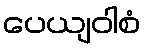
ပေယျဝါစံ